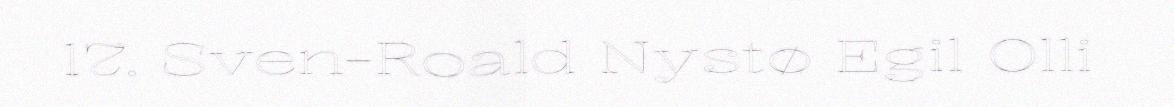
17. Sven-Roald Nystø Egil Olli